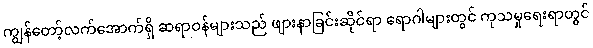
ကျွန်တော့်လက်အောက်ရှိ ဆရာဝန်များသည် ဖျားနာခြင်းဆိုင်ရာ ရောဂါများတွင် ကုသမှုရေးရာတွင်